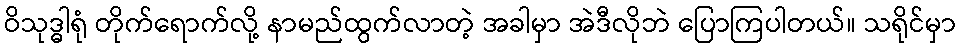
ဝိသုဒ္ဓါရုံ တိုက်ရောက်လို့ နာမည်ထွက်လာတဲ့ အခါမှာ အဲဒီလိုဘဲ ပြောကြပါတယ်။ သရိုင်မှာ